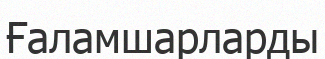
Ғаламшарларды